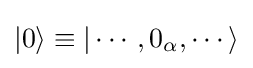
|0\rangle \equiv |\cdots ,0_{\alpha },\cdots \rangle